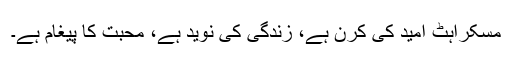
مسکراہٹ امید کی کرن ہے، زندگی کی نوید ہے، محبت کا پیغام ہے۔